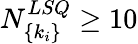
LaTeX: N_{\{ k_{i}\} }^{LSQ}\ge 10